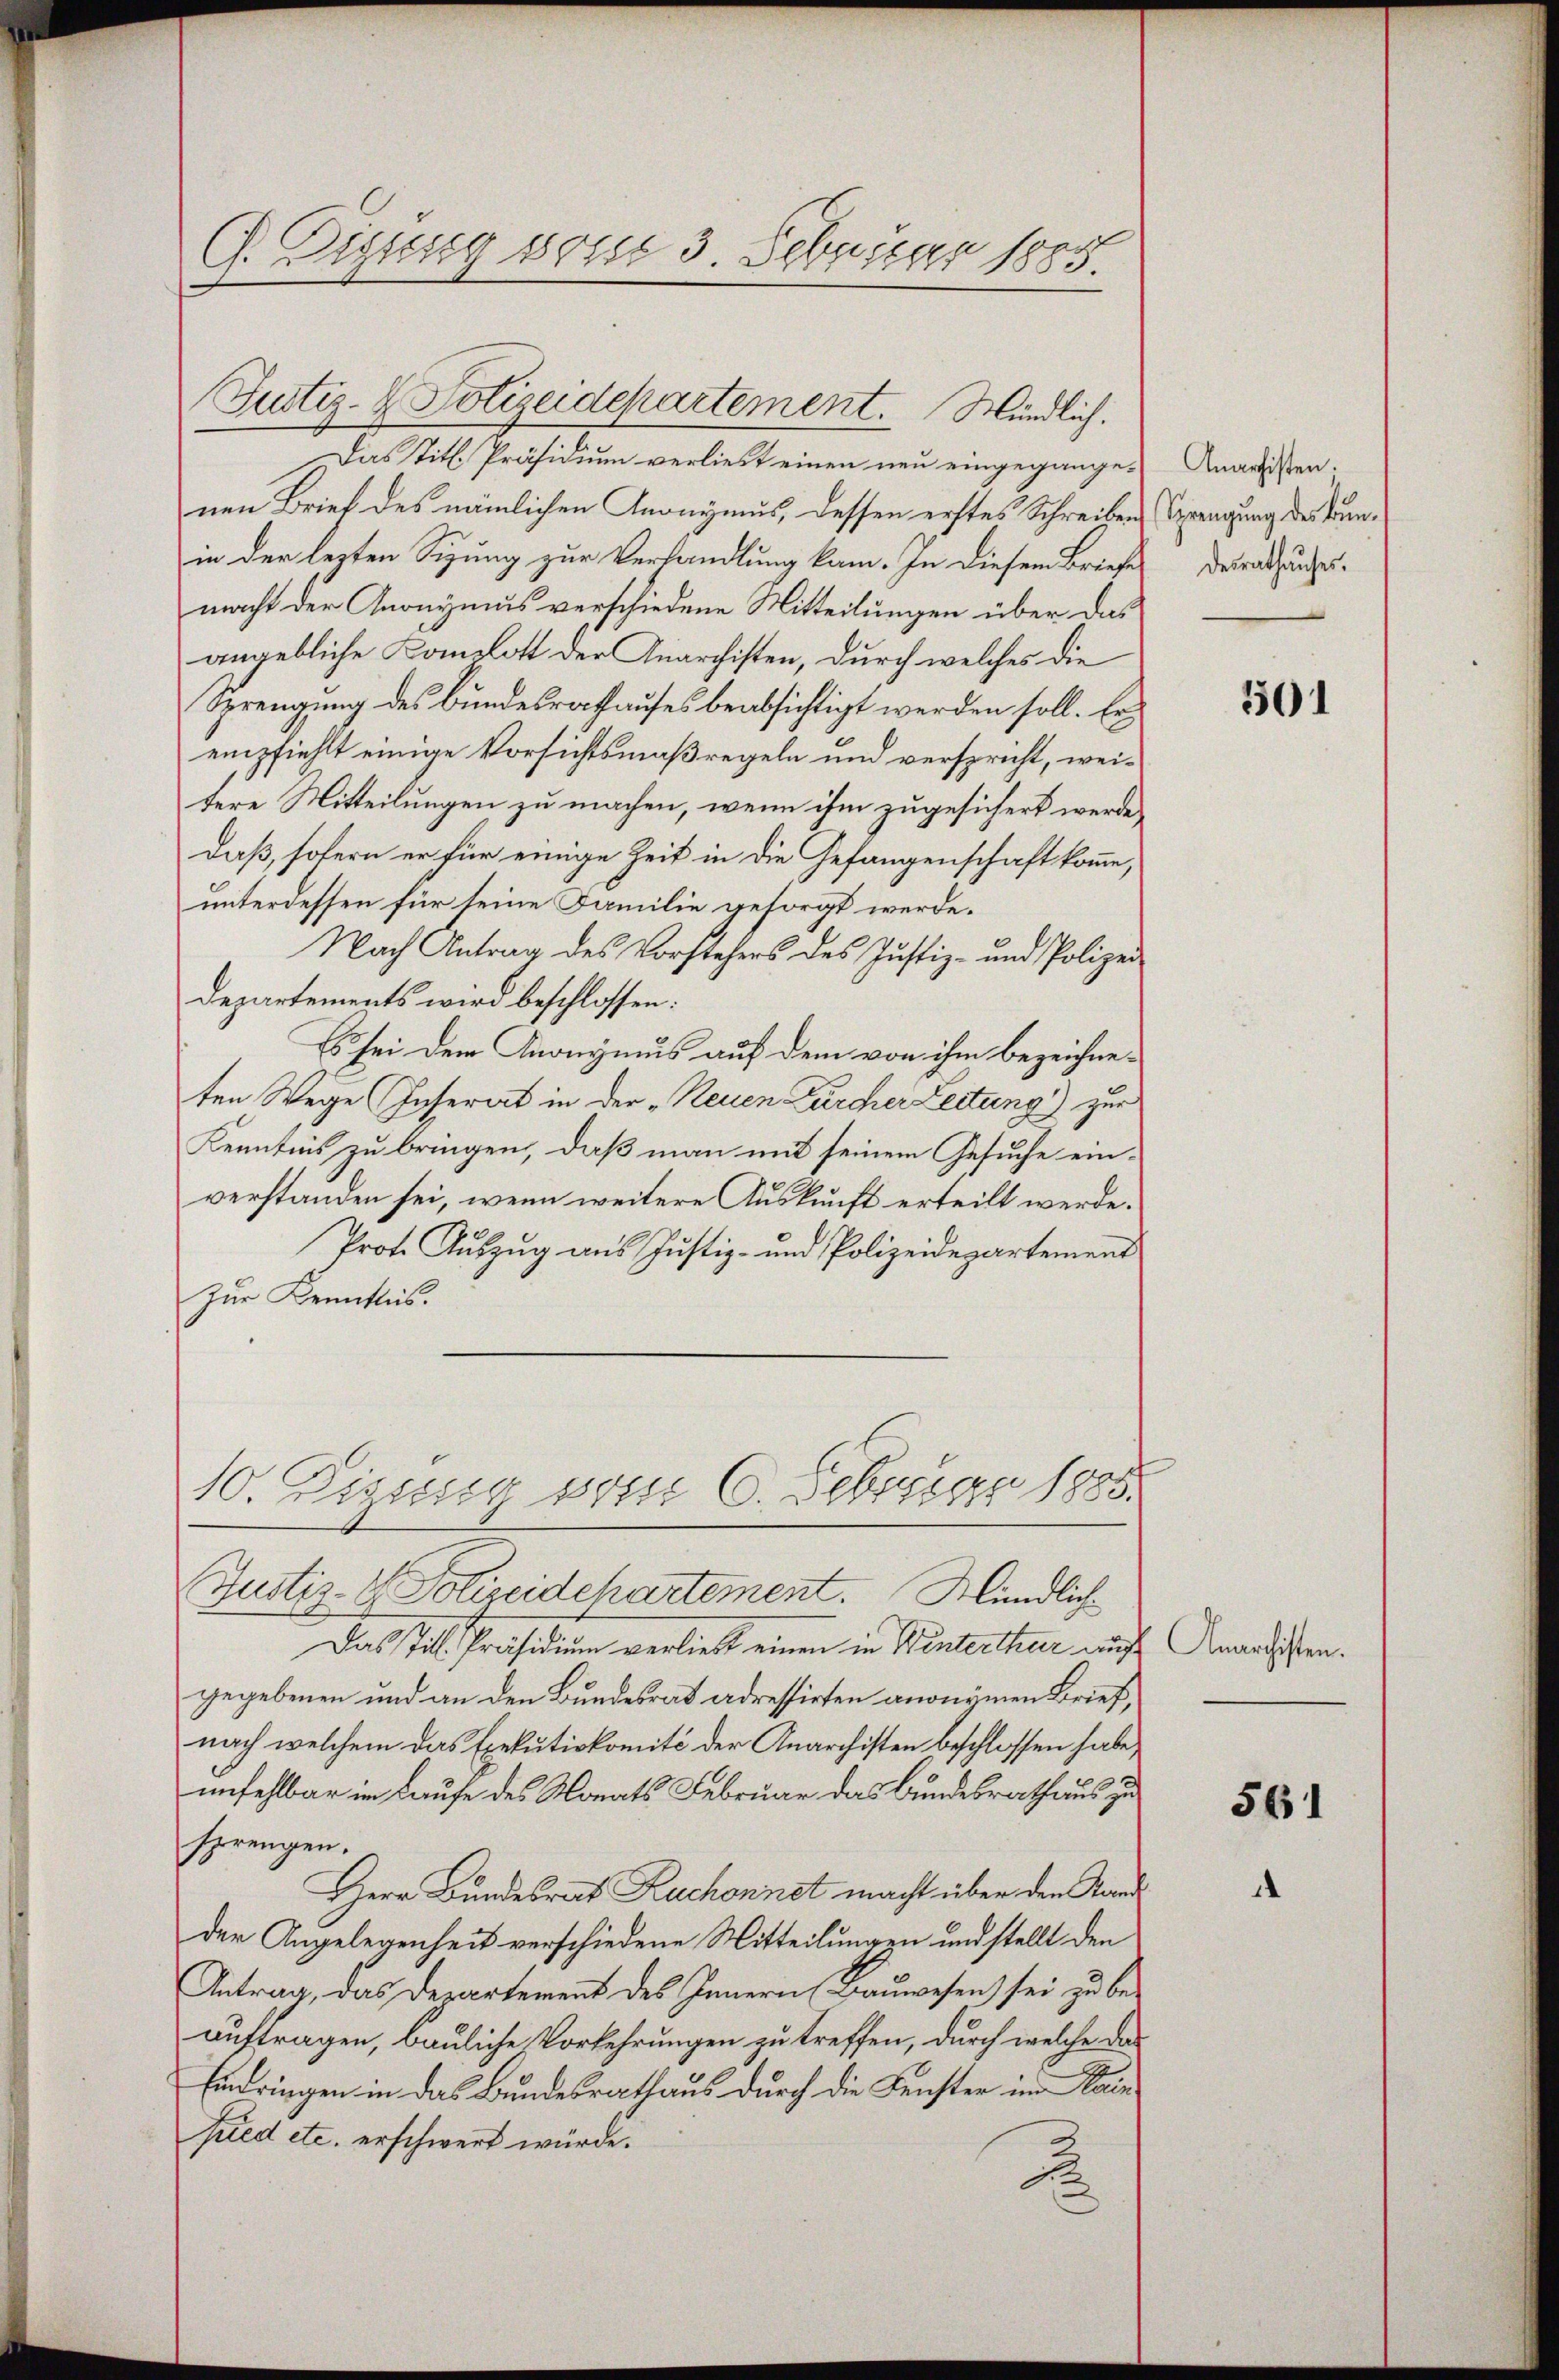
C. Digung vom 3. Februar 1885.

Das Titl. Präsidium verliebt einen neu eingegangen Angelisten.
nen Brief des nämlichen Anonymus, dessen erstes Schreiben Sprengung des Brunin der lezten Sigung zur Verhandlung kam. In diesem Briefe derathundesmacht der Gnonymus verschiedene Mitteilungen über das
angebliche Kompott der Anarchisten, durch welches die
Sprengung des Bundesrathauses beabsichtigt werden soll. Er
empfiehlt einige Vorsichtsmaßregeln und verspricht, weitere Mitteilungen zu machen, wenn ihm zugesichert werde,
daß, sofern er für einige Zeit in die Gefangenschaft komme,
unterdessen für seine Familie gesorgt werde.
Nach Antrag des Vorstehers des Justiz- und Polizei¬
Departements wird beschlossen:
Es sei dem Gnonymus auf dem von ihm bezeichneten Wege Inserat in der „Neuen Zürcher Leitung) zur
Kenntnis zu bringen, daß man mit seinem Gesuche einverstanden sei, wenn weitere Auskunft erteilt werde.
Prote Auszug aus Justiz- und Polizeidepartement
Zur Kenntnis.
10. Zisung vom 6. Februar 1883.
Justiz- & Polizeidchartement. Mündliche
Das Titl. Präsidium verliebt einen in Winterthur auf
gegebenen und an den Bundesrat adressirten anonymen Brief,
nach welchem das Exekutivkomité der Anarchisten beschlossen habe,
unfehlbar im Laufe des Monats Februar das Bundesrathaus zu
sprengen.
HHerr Bundesrat Ruchonnet macht über den Stand
der Angelegenheit verschiedene Mitteilungen und stellt den
Antrag, das Departement des Innern Baŭwesen sei zu be-
auftragen, bauliche Vorkehrungen zu treffen, durch welche das
Eindringen in das Bundesrathaus durch die Fenster im Kain
pied etc. erschwert würde.

Justiz- & Polizeidepartement. Mündlich.

501

Anarchisten.

561
1